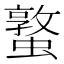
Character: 𮕁